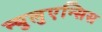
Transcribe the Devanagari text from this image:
न्युलुएन्सिस